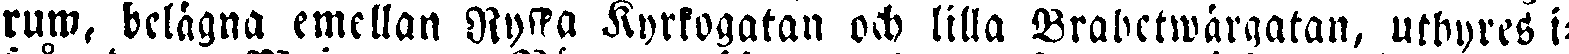
rum, belägna emellan Ryska Kyrkogatan och lilla Brabetwärgatan, uthyres i-